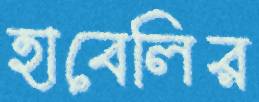
হাবেলির